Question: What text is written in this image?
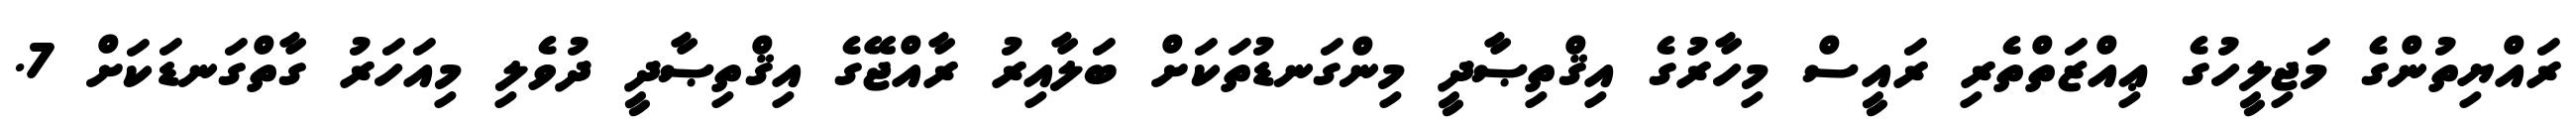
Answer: ރައްޔިތުންގެ މަޖިލީހުގެ ޢިއްޒަތްތެރި ރައީސް މިހާރުގެ އިޤްތިޞާދީ މިންގަނޑުތަކަށް ބަލާއިރު ރާއްޖޭގެ އިޤްތިޞާދީ ދުވެލި މިއަހަރު ގާތްގަނޑަކަށް 7.